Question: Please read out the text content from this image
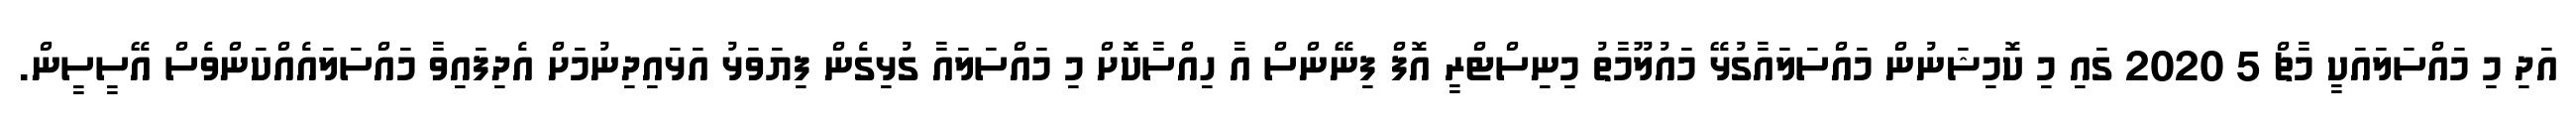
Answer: އަދި މި މައްސަލައަކީ މާޗް 5 2020 ގައި މި ކޮމިޝަނުން މައްސަލައާގުޅޭ މައުލޫމާތު މިނިސްޓްރީ އޮފް ފިނޭންސް އާ ހިއްސާކޮށް މި މައްސަލައާ ގުޅިގެން ފިޔަވަޅު އަޅައިދިނުމަށް އެދިފައިވާ މައްސަލައެއްކަންވެސް އޭސީސީން.